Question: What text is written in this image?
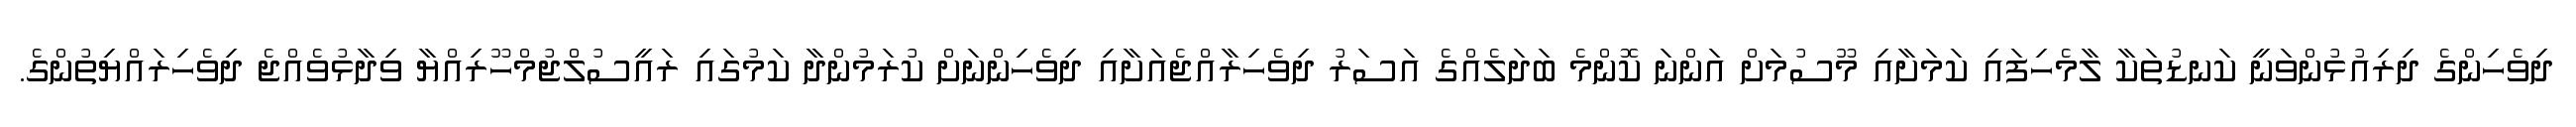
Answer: ދިވެހިންގެ ދިރިއުޅުންވަނީ ކަނޑުތަކާ ލާމެހިފައި ކަމަށާއި މޫސުމަށް އަންނަ ކޮންމެ ބަދަލެއްގެ އަސަރު ދިވެހިރާއްޖެއަށާއި ދިވެހިންނަށް ކުރަމުންދާ ކަމުގައި ރައީސުލްޖުމްހޫރިއްޔާ ވިދާޅުވެއްޖެ ދިވެހިރައްޔިތުންގެ.